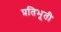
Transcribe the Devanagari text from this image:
प्रतिभूती